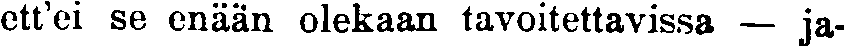
ett'ei se enään olekaan tavoitettavissa — ja-